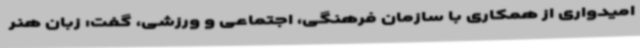
امیدواری از همکاری با سازمان فرهنگی، اجتماعی و ورزشی، گفت: زبان هنر